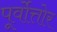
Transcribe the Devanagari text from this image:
पूर्वोत्तोर